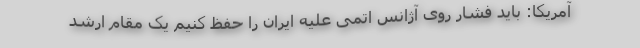
آمریکا: باید فشار روی آژانس اتمی علیه ایران را حفظ کنیم یک مقام ارشد